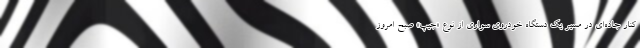
کنار جاده‌ای در مسیر یک دستگاه خودروی سواری از نوع «جیپ» صبح امروز